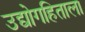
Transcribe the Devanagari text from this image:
उद्योगहिताला